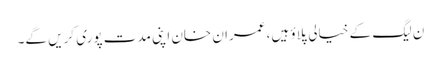
ن لیگ کے خیالی پلاؤ ہیں، عمران خان اپنی مدت پوری کریں گے۔